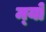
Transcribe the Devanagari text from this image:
म्‍यो